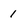
Character: 1